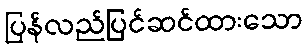
ပြန်လည်ပြင်ဆင်ထားသော